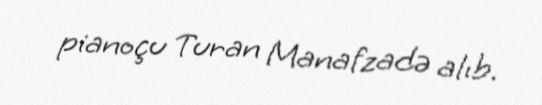
pianoçu Turan Manafzadə alıb.